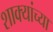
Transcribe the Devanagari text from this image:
शाक्यांच्या